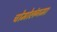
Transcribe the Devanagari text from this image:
चोमोलंगमा